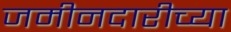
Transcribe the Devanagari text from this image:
जमीनदारीच्या